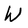
Character: w